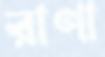
রাণা